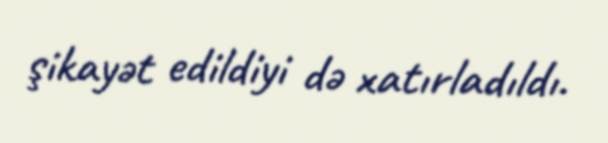
şikayət edildiyi də xatırladıldı.